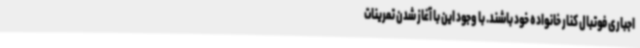
اجباری فوتبال کنار خانواده خود باشند. با وجود این با آغاز شدن تمرینات